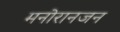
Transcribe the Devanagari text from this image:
मनोरानजन